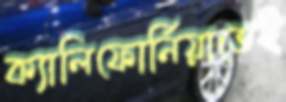
ক্যালিফোর্নিয়াতেই